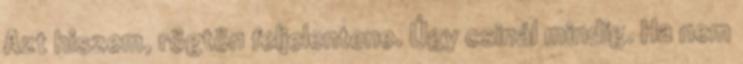
Azt hiszem, rögtön feljelentene. Úgy csinál mindig. Ha nem